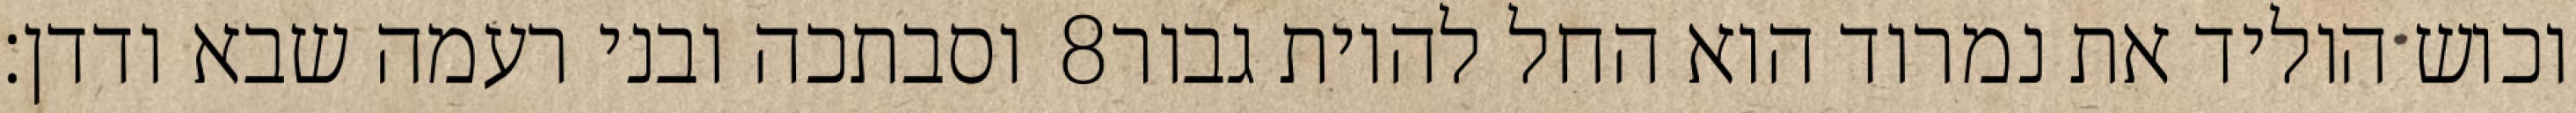
וסבתכה ובני רעמה שבא ודדן׃ ‎8‏ וכוש הוליד את נמרוד הוא החל להיות גבור